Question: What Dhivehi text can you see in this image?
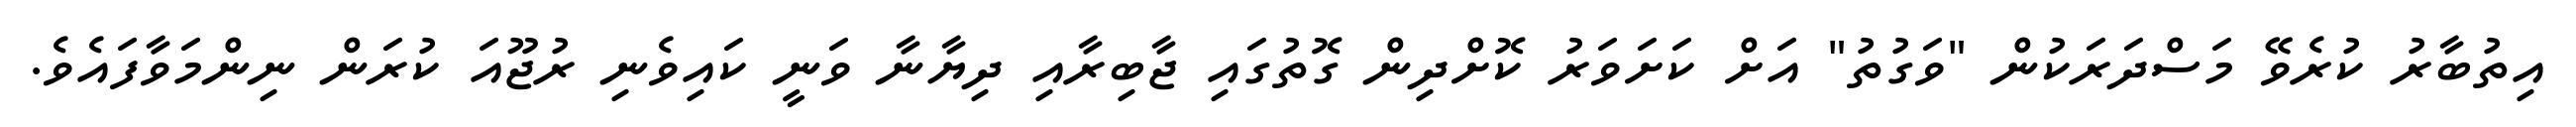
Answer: އިތުބާރު ކުރެވޭ މަސްދަރަކުން "ވަގުތު" އަށް ކަށަވަރު ކޮށްދިން ގޮތުގައި ޖާބިރާއި ދިޔާނާ ވަނީ ކައިވެނި ރުޖޫއަ ކުރަން ނިންމަވާފައެވެ.